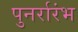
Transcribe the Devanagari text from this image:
पुनर्रारंभ